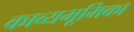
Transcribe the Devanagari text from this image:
काव्यभूमिका